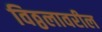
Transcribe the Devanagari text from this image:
विठ्ठलावरील